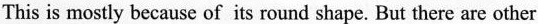
This is mostly because of its round shape. But there are other